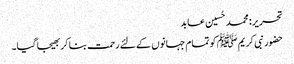
تحریر : محمد حُسین عابد
حضور نبی کریم ﷺ کو تمام جہانوں کے لئے رحمت بنا کر بھیجا گیا۔